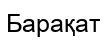
Барақат